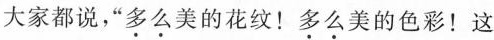
大家都说，“多么美的花纹！多么美的色彩！这